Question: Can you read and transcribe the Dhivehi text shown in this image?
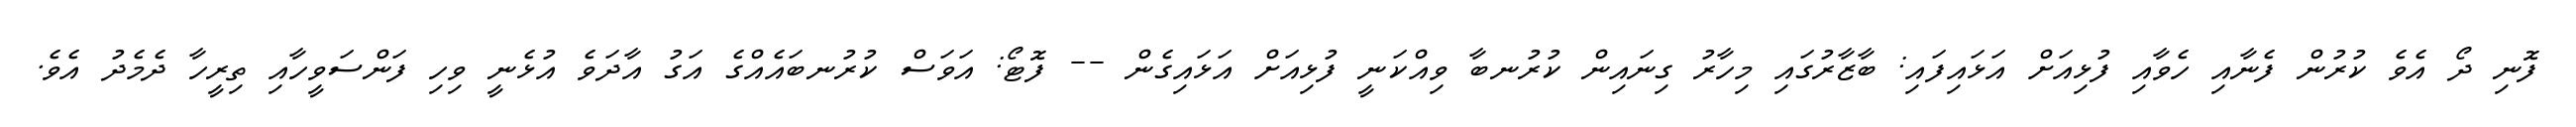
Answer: ފޮނި ދޯ އެވެ ކުރުން ފެނާއި ހެވާއި ފުޅިއަށް އަޅައިފައި: ބާޒާރުގައި މިހާރު ގިނައިން ކުރުނބާ ވިއްކަނީ ފުޅިއަށް އަޅައިގެން -- ފޮޓޯ: އަވަސް ކުރުނބައެއްގެ އަގު އާދަވެ އުޅެނީ ވިހި ފަންސަވީހާއި ތިރީހާ ދެމެދު އެވެ.